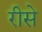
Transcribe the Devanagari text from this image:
रीसे